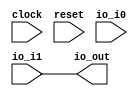
module Switch(
    input clock,
    input reset,
    input [1:0] io_i0,
    input io_i1,
    output io_out
);
    wire _T_14;
    EQ_UNSIGNED #(.width(2)) u_eq_1 (
        .y(_T_14),
        .a(2'h0),
        .b(io_i0)
    );
    wire _T_17;
    EQ_UNSIGNED #(.width(2)) u_eq_2 (
        .y(_T_17),
        .a(2'h1),
        .b(io_i0)
    );
    wire [4:0] inst_valid_num;
    assign inst_valid_num = 5'h2;
    wire [5:0] _T_19;
    assign _T_19 = 6'h1;
    wire [5:0] _T_20;
    assign _T_20 = 6'h1;
    wire [4:0] _T_21;
    assign _T_21 = 5'h1;
    wire _T_23;
    EQ_UNSIGNED #(.width(2)) u_eq_3 (
        .y(_T_23),
        .a(2'h2),
        .b(io_i0)
    );
    wire [5:0] _T_25;
    assign _T_25 = 6'h3;
    wire [4:0] _T_26;
    assign _T_26 = 5'h3;
    wire _T_28;
    EQ_UNSIGNED #(.width(2)) u_eq_4 (
        .y(_T_28),
        .a(2'h3),
        .b(io_i0)
    );
    wire [5:0] _T_30;
    assign _T_30 = 6'h4;
    wire [4:0] _T_31;
    assign _T_31 = 5'h4;
    wire [4:0] _GEN_0;
    MUX_UNSIGNED #(.width(5)) u_mux_5 (
        .y(_GEN_0),
        .sel(_T_28),
        .a(_T_31),
        .b(5'h0)
    );
    wire [4:0] _GEN_1;
    MUX_UNSIGNED #(.width(5)) u_mux_6 (
        .y(_GEN_1),
        .sel(_T_23),
        .a(_T_26),
        .b(_GEN_0)
    );
    wire [4:0] _GEN_2;
    MUX_UNSIGNED #(.width(5)) u_mux_7 (
        .y(_GEN_2),
        .sel(_T_17),
        .a(_T_21),
        .b(_GEN_1)
    );
    wire [4:0] _GEN_3;
    MUX_UNSIGNED #(.width(5)) u_mux_8 (
        .y(_GEN_3),
        .sel(_T_14),
        .a(inst_valid_num),
        .b(_GEN_2)
    );
    wire [4:0] inst_valid_num_nxt;
    assign inst_valid_num_nxt = _GEN_3;
    wire [4:0] inst_valid_num_d;
    assign inst_valid_num_d = 5'h1;
    assign io_out = io_i1;
endmodule //Switch
module EQ_UNSIGNED(y, a, b);
    parameter width = 4;
    output y;
    input [width-1:0] a;
    input [width-1:0] b;
    assign y = a == b;
endmodule // EQ_UNSIGNED
module MUX_UNSIGNED(y, sel, a, b);
    parameter width = 4;
    output [width-1:0] y;
    input sel;
    input [width-1:0] a;
    input [width-1:0] b;
    assign y = sel ? a : b;
endmodule // MUX_UNSIGNED